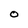
Character: O